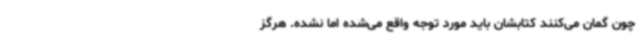
چون گمان می‌کنند کتابشان باید مورد توجه واقع می‌شده اما نشده. هرگز